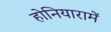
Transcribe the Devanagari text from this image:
होनियारामें